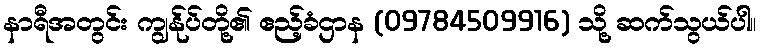
နာရီအတွင်း ကျွန်ုပ်တို့၏ ဧည့်ခံဌာန (09784509916) သို့ ဆက်သွယ်ပါ။